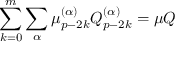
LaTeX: \sum _ { k = 0 } ^ { m } \sum _ { \alpha } \mu _ { p - 2 k } ^ { ( \alpha ) } Q _ { p - 2 k } ^ { ( \alpha ) } = \mu Q